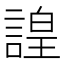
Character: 諻